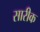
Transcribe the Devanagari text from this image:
सारीक